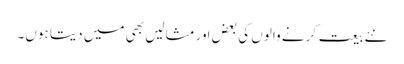
نئے بیعت کرنے والوں کی بعض اَور مثالیں بھی میں دیتا ہوں۔